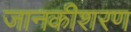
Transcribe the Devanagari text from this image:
जानकीशरण